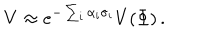
V \approx e ^ { - \sum _ { i } \alpha _ { i } \sigma _ { i } } V ( \Phi ) \, .